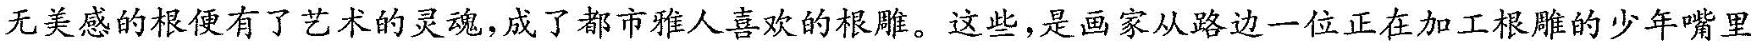
无美感的根便有了艺术的灵魂，成了都市雅人喜欢的根雕。这些，是画家从路边一位正在加工根雕的少年嘴里